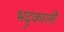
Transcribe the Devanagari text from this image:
भद्र्काली